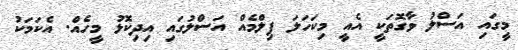
މީގައި އަސްލު ވާގޮތަކީ އެއީ މިކަހަލަ ފިލްމެއް އަސްލުގައި އިދިކޮޅު މީހެއް. އެކަމަކު